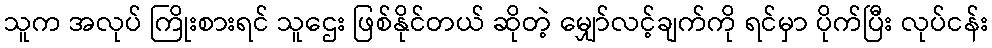
သူက အလုပ် ကြိုးစားရင် သူဌေး ဖြစ်နိုင်တယ် ဆိုတဲ့ မျှော်လင့်ချက်ကို ရင်မှာ ပိုက်ပြီး လုပ်ငန်း